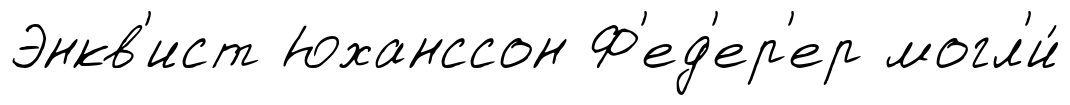
Энкв'ист Юханссон Ф'ед'ер'ер могл'и́